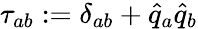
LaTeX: \tau_{ab}:=\delta_{ab}+\widehat{q}_{a}\widehat{q}_{b}